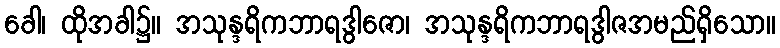
ခေါ၊ ထိုအခါ၌။ အသုန္ဒရိကဘာရဒွါဇော၊ အသုန္ဒရိကဘာရဒွါဇအမည်ရှိသော။